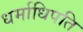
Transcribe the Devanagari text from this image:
धर्माधिपति